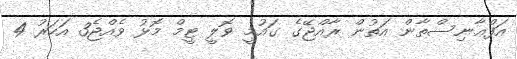
އަފްޢާނިސްތާން އަތުން ރާއްޖޭގެ ގައުމީ ވޮލީ ޓީމް މޮޅު ވެއްޖެ3 އަހަރު 4